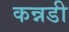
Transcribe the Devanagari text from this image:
कन्नडी